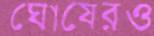
ঘোষেরও